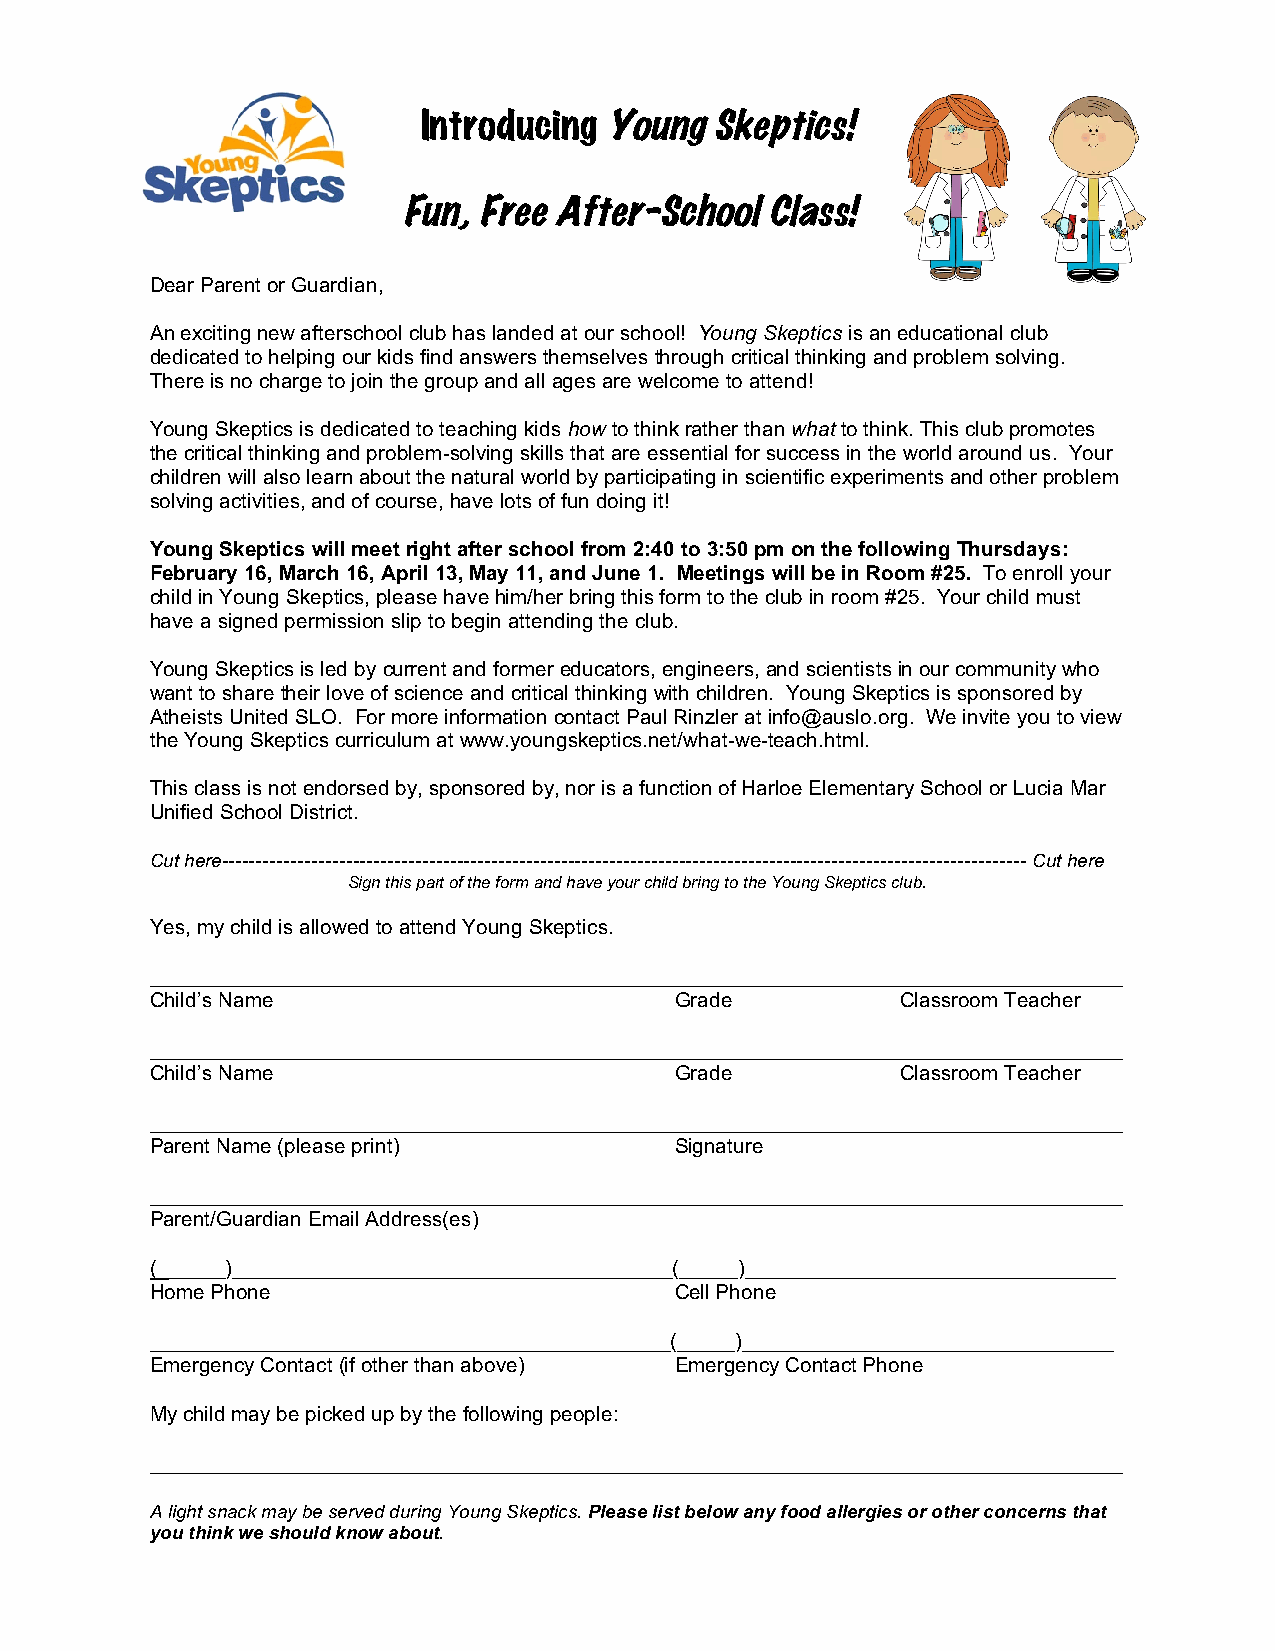
Introducing Young  Skeptics!
 Fun, Free After-School  Class!
 Dear Parent or Guardian,
 An exciting new afterschool club has landed at our school! Young Skeptics is an educational club
 dedicated to helping our kids find answers themselves through critical thinking and problem solving.
 There is no charge to join the group and all ages are welcome to attend!
 Young Skeptics is dedicated to teaching kids how to think rather than what to think. This club promotes
 the critical thinking and problem-solving skills that are essential for success in the world around us. Your
 children will also learn about the natural world by participating in scientific experiments and other problem
 solving activities, and of course, have lots of fun doing it!
 Young Skeptics will meet right after school from 2:40 to 3:50 pm on the following Thursdays:
 February 16, March 16, April 13, May 11, and June 1. Meetings will be in Room #25. To enroll your
 child in Young Skeptics, please have him/her bring this form to the club in room #25. Your child must
 have a signed permission slip to begin attending the club.
 Young Skeptics is led by current and former educators, engineers, and scientists in our community who
 want to share their love of science and critical thinking with children. Young Skeptics is sponsored by
 Atheists United SLO. For more information contact Paul Rinzler at info@auslo.org. We invite you to view
 the Young Skeptics curriculum at www.youngskeptics.net/what-we-teach.html.
 This class is not endorsed by, sponsored by, nor is a function of Harloe Elementary School or Lucia Mar
 Unified School District.
 Cut here-------------------------------------------------------------------------------------------------------------------- Cut here
 Sign this part of the form and have your child bring to the Young Skeptics club.
 Yes, my child is allowed to attend Young Skeptics.
 ____________________________________________________________________________________
 Child’s Name                       Grade          Classroom Teacher
 ____________________________________________________________________________________
 Child’s Name                       Grade          Classroom Teacher
 ____________________________________________________________________________________
 Parent Name (please print)         Signature
 ____________________________________________________________________________________
 Parent/Guardian Email Address(es)
 (______)______________________________________(_____)________________________________
 Home Phone                         Cell Phone
 _____________________________________________(_____)________________________________
 Emergency Contact (if other than above) Emergency Contact Phone
 My child may be picked up by the following people:
 ____________________________________________________________________________________
 A light snack may be served during Young Skeptics. Please list below any food allergies or other concerns that
 you think we should know about.